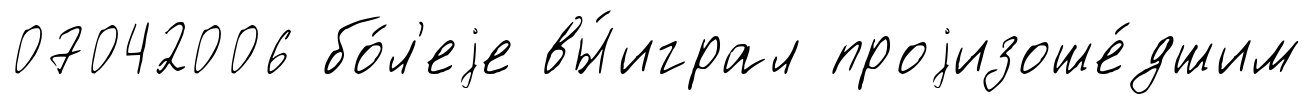
07042006 бо́л'еjе вы́играл проjизоше́дшим